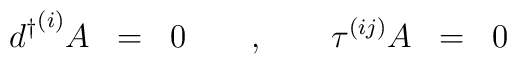
{d^{\dagger}}^{(i)} A \;\; =\;\; 0 \quad\quad , \quad\quad \tau^{(ij)}A \;\; =\;\; 0